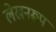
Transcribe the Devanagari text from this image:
लेखनरूप